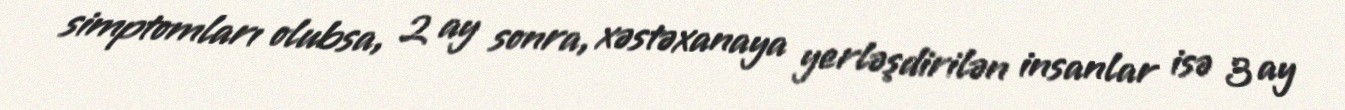
simptomları olubsa, 2 ay sonra, xəstəxanaya yerləşdirilən insanlar isə 3 ay